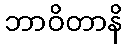
ဘာဝိတာနိ